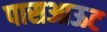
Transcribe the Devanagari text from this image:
पासआऊट